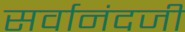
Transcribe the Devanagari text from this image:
सर्वानंदजी